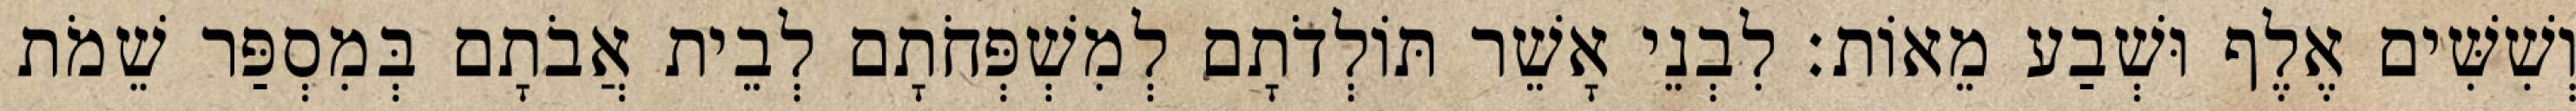
וְשִׁשִּׁים אֶלֶף וּשְׁבַע מֵאוֹת׃ לִבְנֵי אָשֵׁר תּוֹלְדֹתָם לְמִשְׁפְּחֹתָם לְבֵית אֲבֹתָם בְּמִסְפַּר שֵׁמֹת